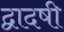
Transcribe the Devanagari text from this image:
द्वादषी